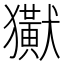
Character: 𤣊